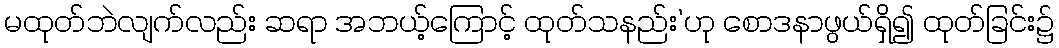
မထုတ်ဘဲလျက်လည်း ဆရာ အဘယ့်ကြောင့် ထုတ်သနည်း’ဟု စောဒနာဖွယ်ရှိ၍ ထုတ်ခြင်း၌